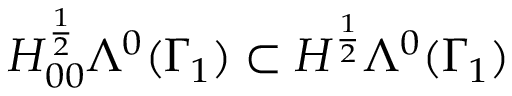
H _ { 0 0 } ^ { \frac { 1 } { 2 } } \Lambda ^ { 0 } ( \Gamma _ { 1 } ) \subset H ^ { \frac { 1 } { 2 } } \Lambda ^ { 0 } ( \Gamma _ { 1 } )